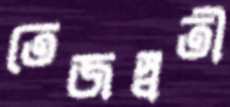
তেজস্বতী